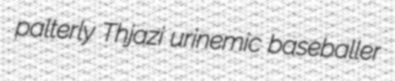
palterly Thjazi urinemic baseballer